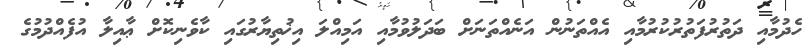
ހެދުމާއި ދަތުރުފަތުރުކުރުމާއި އެއްތަނުން އަނެއްތަނަށް ބަދަލުވުމާއި އަމިއްލަ އިޚުތިޔާރުގައި ކާވެނިކޮށް ޢާއިލާ އުފެއްދުމުގެ